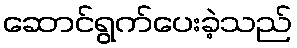
ဆောင်ရွက်ပေးခဲ့သည်